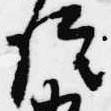
院